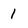
Character: 1